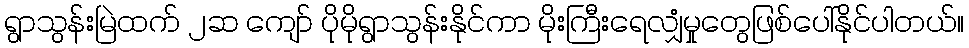
ရွာသွန်းမြဲထက် ၂ဆ ကျော် ပိုမိုရွာသွန်းနိုင်ကာ မိုးကြီးရေလျှံမှုတွေဖြစ်ပေါ်နိုင်ပါတယ်။